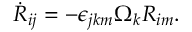
\begin{array} { r } { \dot { R } _ { i j } = - \epsilon _ { j k m } \Omega _ { k } R _ { i m } . } \end{array}